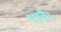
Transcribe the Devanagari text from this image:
भावै।